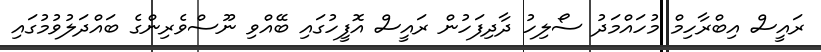
ރައީސް އިބްރާހިމް މުހައްމަދު ސޯލިހު ދާދިފަހުން ރައީސް އޮފީހުގައި ބޭއްވި ނޫސްވެރިންގެ ބައްދަލުވުމުގައި